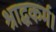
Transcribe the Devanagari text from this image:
श्राद्धकर्म।